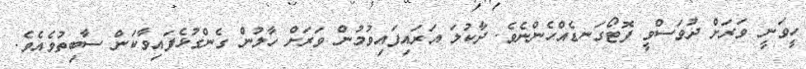
ހީވަނީ ވަރަށް ދުވަސްވީ ފޮޓޯގަނޑެއްހެންނެވެ. ދާކުލަ އަރައިފައިވުމުން ވަރަށް ހާލުން ގެންގުޅެފައިވާކަން ސާބިތުވެއެވެ.